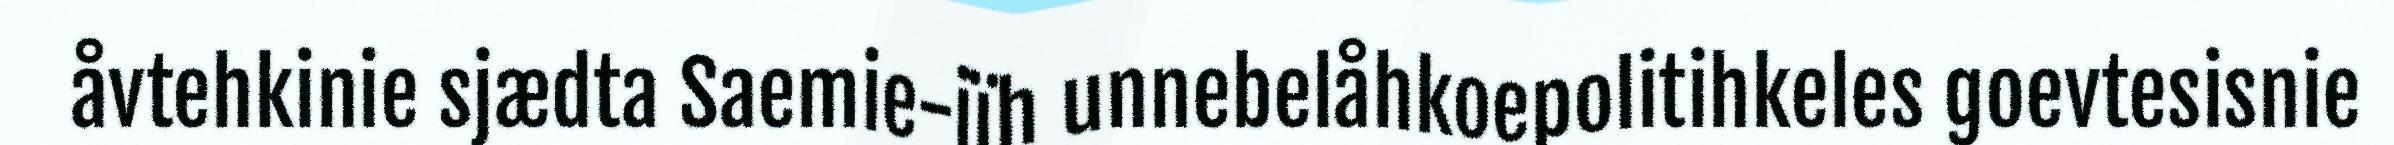
åvtehkinie sjædta Saemie-jïh unnebelåhkoepolitihkeles goevtesisnie